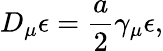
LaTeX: D_{\mu}\epsilon=\frac{a}{2}\gamma_{\mu}\epsilon,